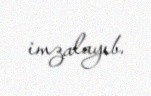
imzalayıb.